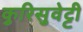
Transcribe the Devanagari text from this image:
कुरिसुवेट्टी